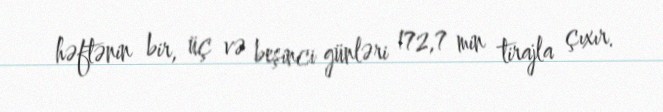
həftənin bir, üç və beşinci günləri 172,7 min tirajla çıxır.